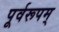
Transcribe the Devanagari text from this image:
पूर्वरूपम्